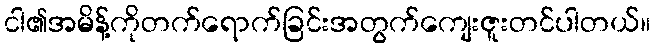
ငါ၏အမိန့်ကိုတက်ရောက်ခြင်းအတွက်ကျေးဇူးတင်ပါတယ်။